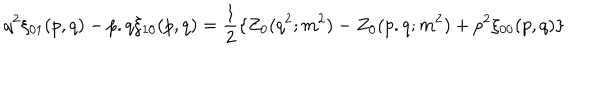
q ^ { 2 } \xi _ { 0 1 } ( p , q ) - p . q \xi _ { 1 0 } ( p , q ) = { \frac { 1 } { 2 } } \{ Z _ { 0 } ( q ^ { 2 } ; m ^ { 2 } ) - Z _ { 0 } ( p . q ; m ^ { 2 } ) + p ^ { 2 } \xi _ { 0 0 } ( p , q ) \}